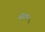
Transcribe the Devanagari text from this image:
बेरट्रम